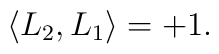
\langle L_2,L_1 \rangle = +1.